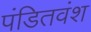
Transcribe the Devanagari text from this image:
पंडितवंश